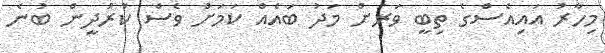
މިހާރު އައިއެސްގެ ތިބީ ވަރަށް މަދު ބައެއް ކަމަށް ވެސް ކުރުދީން ބުނެ